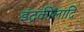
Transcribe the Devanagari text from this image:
इंद्रकीलाद्रि